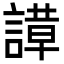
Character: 𬢼